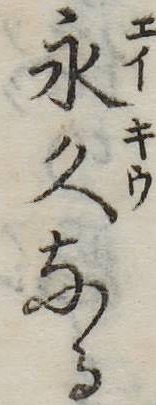
永久なる